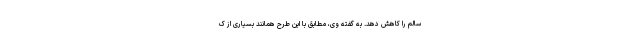
سالم را کاهش دهد. به گفته وی، مطابق با این طرح همانند بسیاری از ک